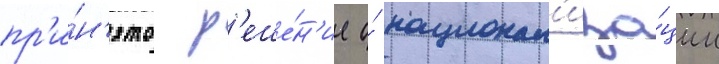
пр'и́н'ято р'еше́н'ие о́ национал'иза́ции